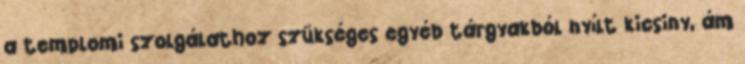
a templomi szolgálathoz szükséges egyéb tárgyakból nyílt kicsiny, ám